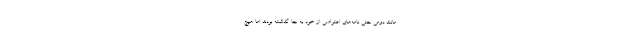
مانند دومی حتی نامه‌های اعتراضی از خود به جا گذاشته بودند اما هیچ